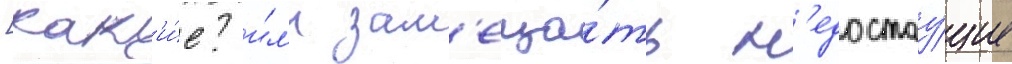
[как'и́е? и́л'и зам'еща́ть н'едостау́щие